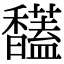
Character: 𩡤